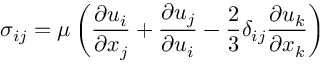
\sigma _ { i j } = \mu \left( \frac { \partial u _ { i } } { \partial x _ { j } } + \frac { \partial u _ { j } } { \partial u _ { i } } - \frac { 2 } { 3 } \delta _ { i j } \frac { \partial u _ { k } } { \partial x _ { k } } \right)